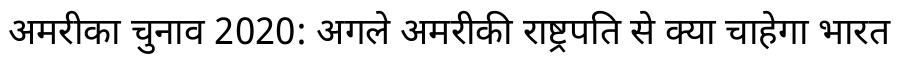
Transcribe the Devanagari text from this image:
अमरीका चुनाव 2020: अगले अमरीकी राष्ट्रपति से क्या चाहेगा भारत